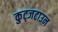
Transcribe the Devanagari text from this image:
कुट्जटाउन